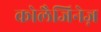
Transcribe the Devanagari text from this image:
कोलैजिनेज़